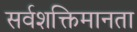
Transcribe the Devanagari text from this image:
सर्वशक्तिमानता